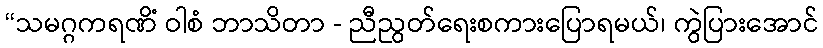
“သမဂ္ဂကရဏိံ ဝါစံ ဘာသိတာ - ညီညွတ်ရေးစကားပြောရမယ်၊ ကွဲပြားအောင်